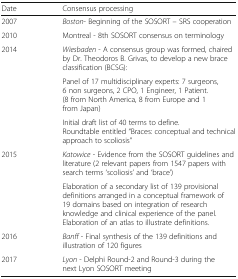
<table><thead><tr><td><b>Date</b></td><td><b>Consensus processing</b></td></tr></thead><tbody><tr><td>2007</td><td><i>Boston</i>- Beginning of the SOSORT – SRS cooperation</td></tr><tr><td>2010</td><td>Montreal - 8th SOSORT consensus on terminology</td></tr><tr><td rowspan="3">2014</td><td><i>Wiesbaden</i> - A consensus group was formed, chaired by Dr. Theodoros B. Grivas, to develop a new brace classification (BCSG):</td></tr><tr><td>Panel of 17 multidisciplinary experts: 7 surgeons, 6 non surgeons, 2 CPO, 1 Engineer, 1 Patient. (8 from North America, 8 from Europe and 1 from Japan)</td></tr><tr><td>Initial draft list of 40 terms to define.Roundtable entitled “Braces: conceptual and technical approach to scoliosis”</td></tr><tr><td rowspan="2">2015</td><td><i>Katowice</i> - Evidence from the SOSORT guidelines and literature (2 relevant papers from 1547 papers with search terms ‘scoliosis’ and ‘brace’)</td></tr><tr><td>Elaboration of a secondary list of 139 provisional definitions arranged in a conceptual framework of 19 domains based on integration of research knowledge and clinical experience of the panel. Elaboration of an atlas to illustrate definitions.</td></tr><tr><td>2016</td><td><i>Banff</i> - Final synthesis of the 139 definitions and illustration of 120 figures</td></tr><tr><td>2017</td><td><i>Lyon</i> - Delphi Round-2 and Round-3 during the next Lyon SOSORT meeting</td></tr></tbody></table>